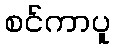
စင်ကာပူ